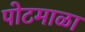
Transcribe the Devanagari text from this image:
पोटमाळा